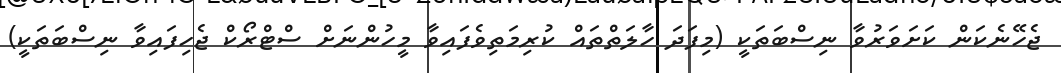
ޖެހޭނެކަން ކަށަވަރުވާ ނިސްބަތަކީ (މިފަދަ ހާލަތްތައް ކުރިމަތިވެފައިވާ މީހުންނަށް ސްޓްރޯކް ޖެހިފައިވާ ނިސްބަތަކީ)